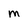
Character: M